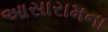
આસારામના